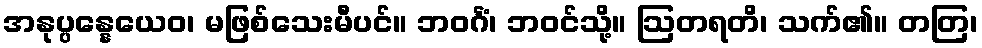
အနုပ္ပန္နေယေဝ၊ မဖြစ်သေးမီပင်။ ဘဝင်္ဂံ၊ ဘဝင်သို့။ ဩတရတိ၊ သက်၏။ တတြ၊